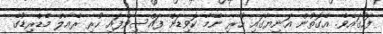
ފަހުގައެވެ. އެގޮތުން އަނިޔާގައި ހުރި ނޭމާ ކޮވިޑަށް ފައްސިވެފައި ހުރި ރެއާލް މެޑްރިޑުގެ